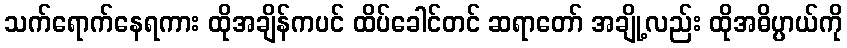
သက်ရောက်နေရကား ထိုအချိန်ကပင် ထိပ်ခေါင်တင် ဆရာတော် အချို့လည်း ထိုအဓိပ္ပာယ်ကို